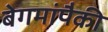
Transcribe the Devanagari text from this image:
बेगमांपैकी